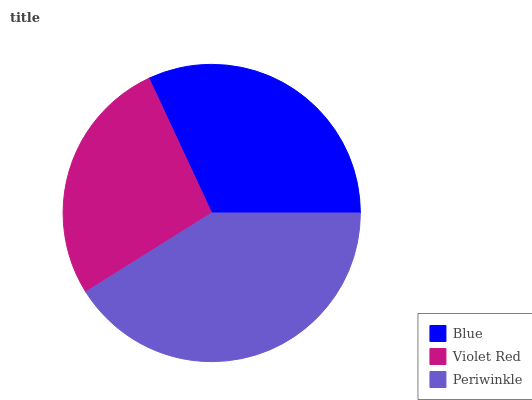
| Blue | Violet Red | Periwinkle |
 | --- | --- | --- |
 | 32% | 26.9% | 41.1% |